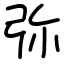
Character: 弥